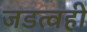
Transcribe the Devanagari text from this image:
जडत्वही